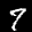
Label: 7